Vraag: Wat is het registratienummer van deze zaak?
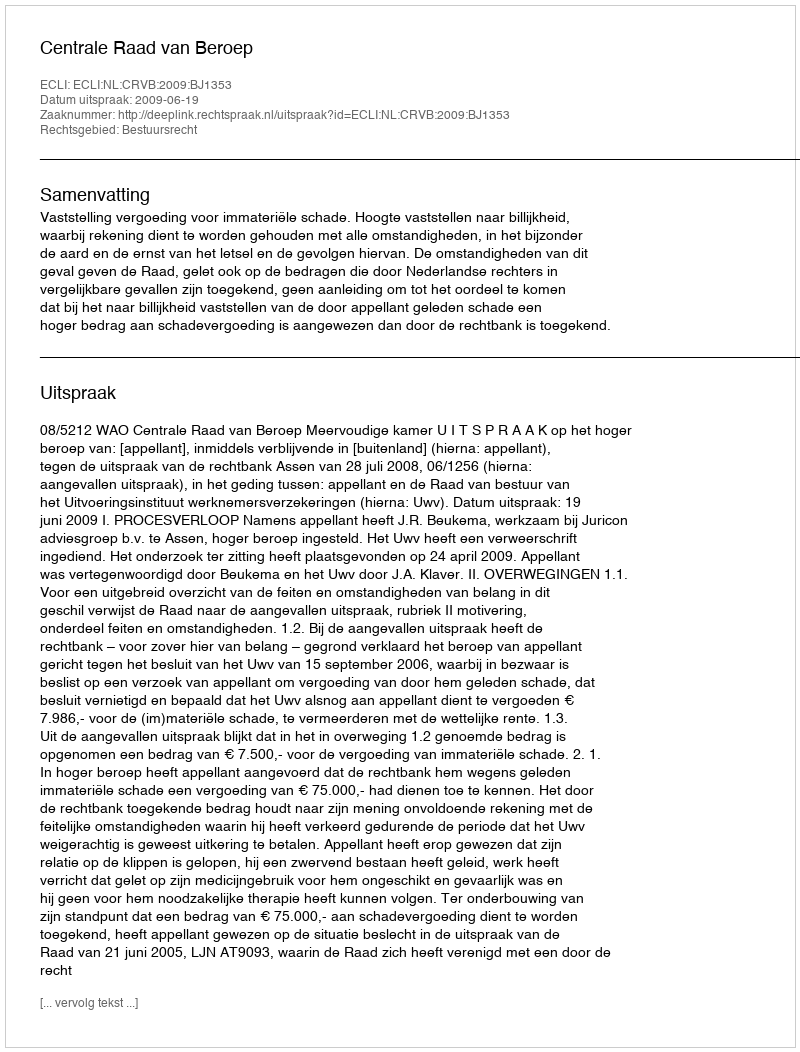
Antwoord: http://deeplink.rechtspraak.nl/uitspraak?id=ECLI:NL:CRVB:2009:BJ1353